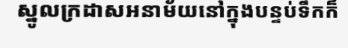
ស្នូលក្រដាសអនាម័យនៅក្នុងបន្ទប់ទឹកក៏